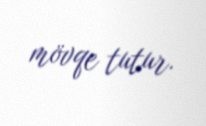
mövqe tutur.